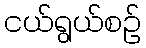
ငယ်ရွယ်စဉ်